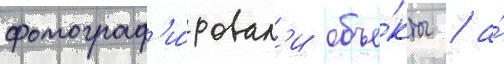
фотограф'и́ровал'и объе́кты / а́